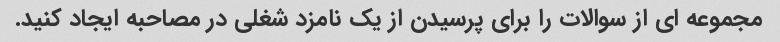
مجموعه ای از سوالات را برای پرسیدن از یک نامزد شغلی در مصاحبه ایجاد کنید.